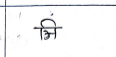
मजकूर: ञि